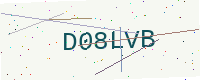
Text: D08LVB